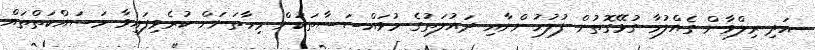
އަދި ރިލްވާން ގެއްލުމާ ގުޅޭގޮތުން ފުލުހުންނާއި ދައުލަތުގެ މުވައްސަސާތަކުން މިހާތަނަށް ކުރެވިފައިވާ މަސައްކަތްތައް